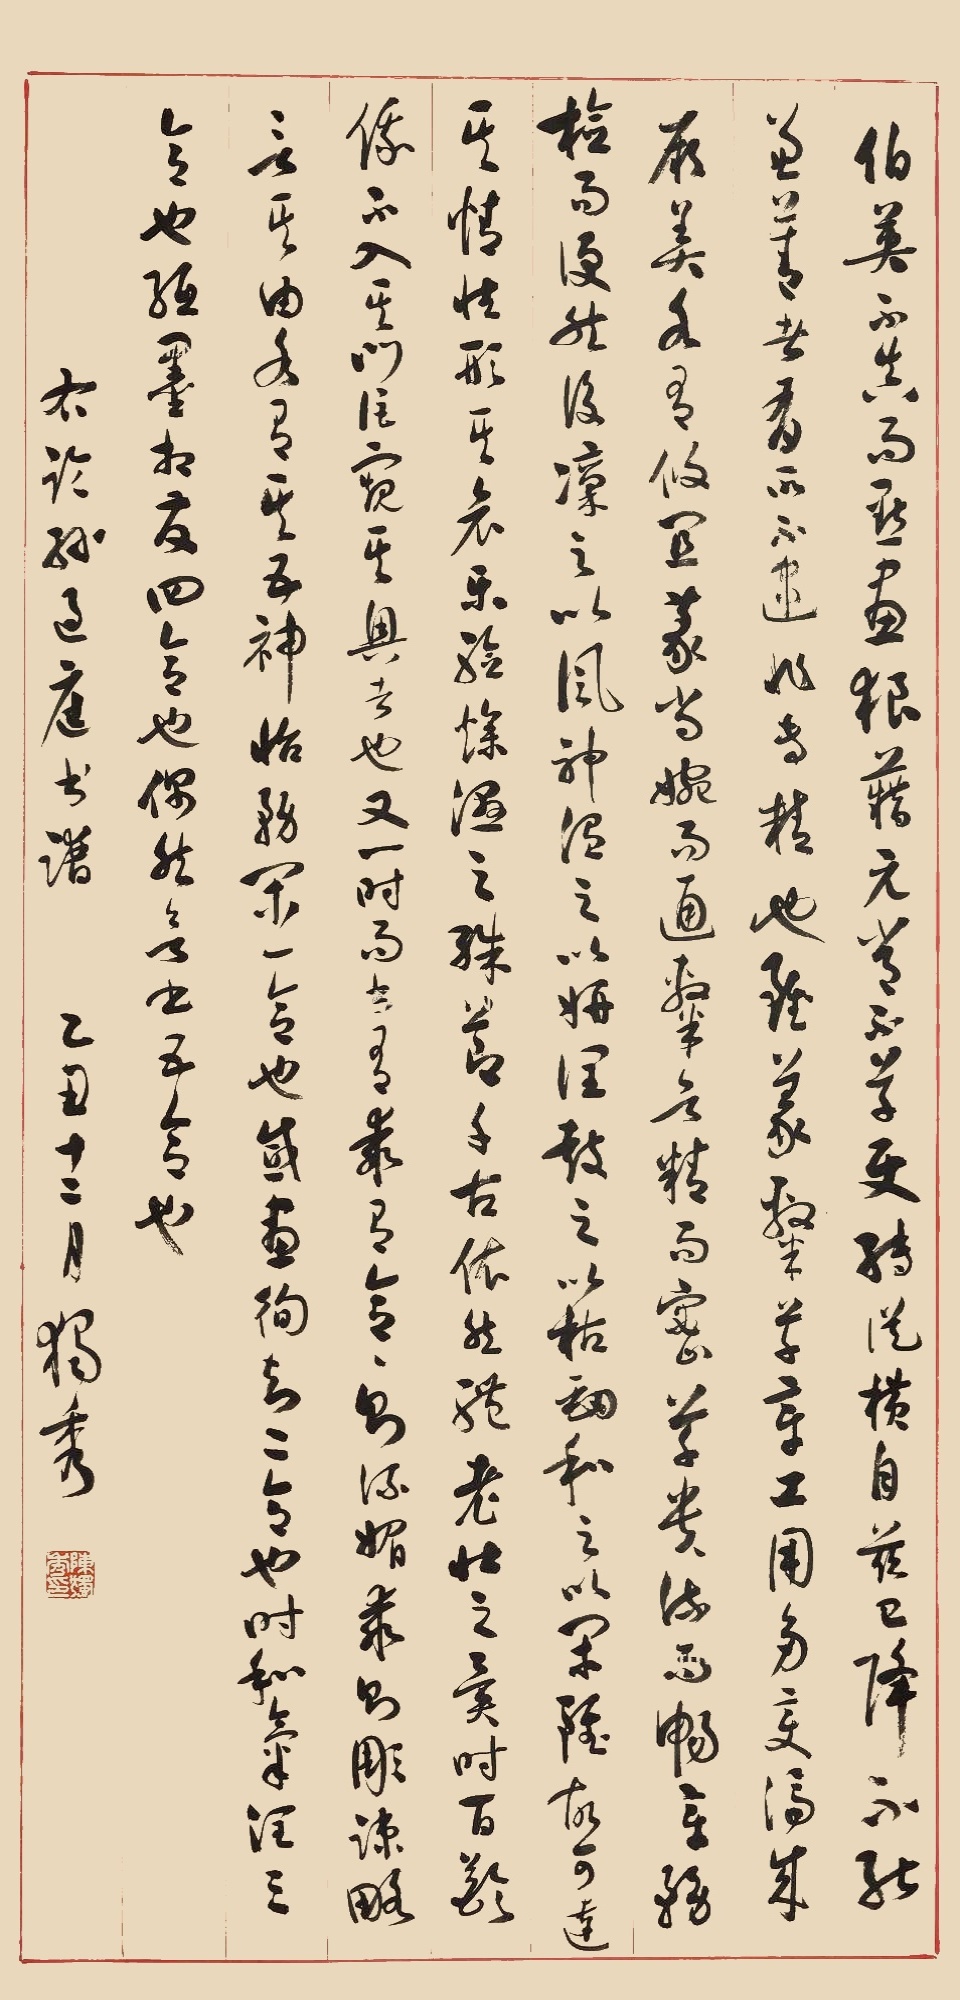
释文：伯英不真，而点画狼藉；元常不草，使转纵横。自兹己降，不能兼善者，有所不逮，非专精也。虽篆隶草章，工用多变，济成厥美，各有攸宜：篆尚婉而通，隶欲精而密，草贵流而畅，章务检而便。然后凛之以风神，温之以妍润，鼓之以枯劲，和之以闲雅。故可达其情性，形其哀乐，验燥湿之殊节，千古依然；体老壮之异时，百龄俄顷。不入其门，讵窥其奥者也！又一时而书，有乖有合，合则流媚，乖则雕疏，略言其由，各有其五：神怡务闲，一合也；感惠徇知，二合也；时和气润，三合也；纸墨相发，四合也；偶然欲书，五合也。右临孙过庭书谱，乙丑十二月，独秀。